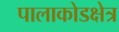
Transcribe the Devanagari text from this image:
पालाकोडक्षेत्र